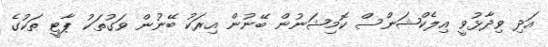
އަދި ވިދާޅުވީ އިލެކްޝަންސް ކޮމިޝަނުން ބޭނުން އިރަކު ބޭނުން ވަގުތަކު ޕާޓީ ތަކުގެ